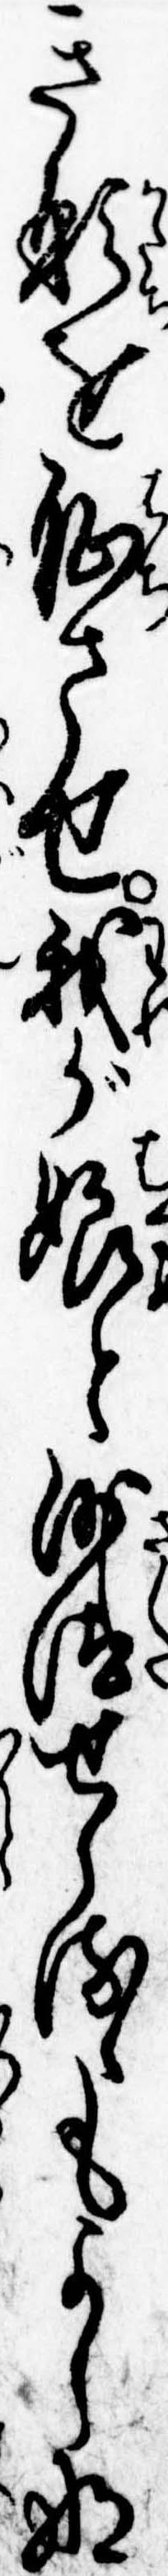
き形を恥させ我が娘と沙汰せらるゝもよしな